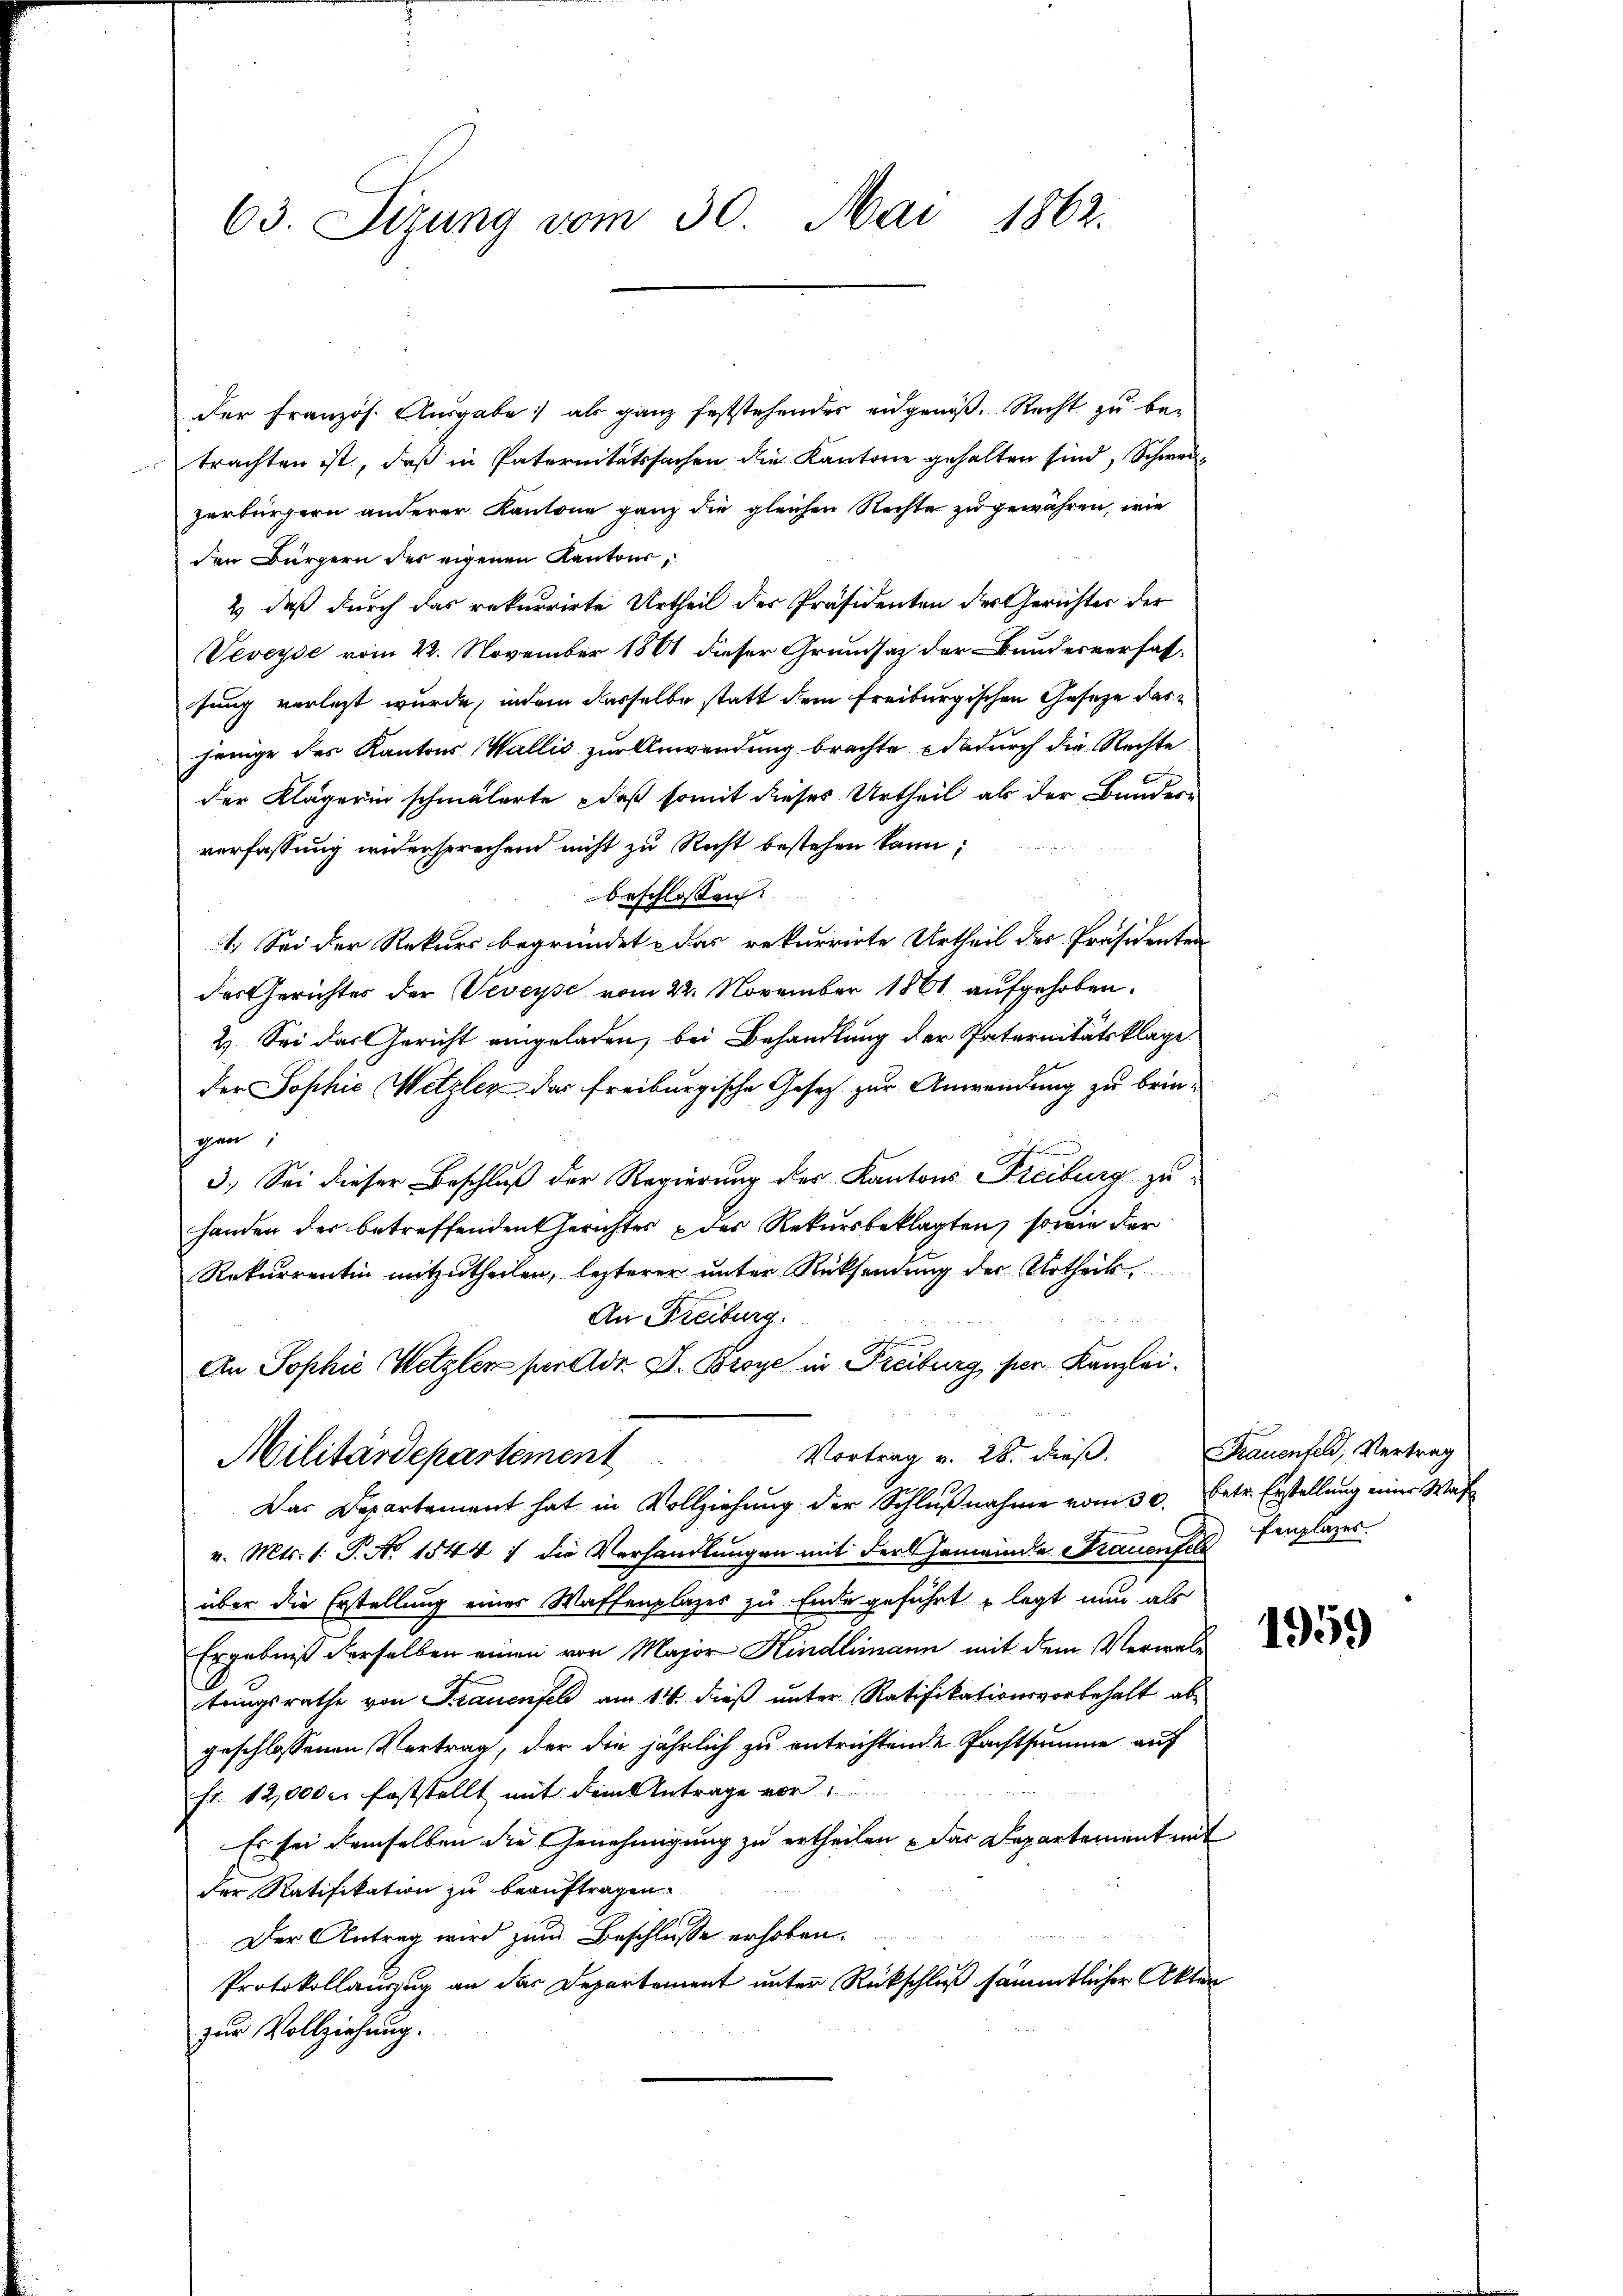
63. Sizung vom 30. Mai 1862.

der Französ. Ausgabe als ganz feststehender eidgenöß. Recht zu betrachten ist, daß in Paternitätssachen die Kantone gehalten sind, Schwerzerbürgern anderer Kantone ganz die gleichen Rechte zu gewähren, wie
den Bürgern der eigenen Kantons¬
2) daß durch das rekurrirte Urtheil der Präsidenten des Gerichter der
Veveyse vom 22. November 1861 dieser Grundsatz der Bundesverfassung verletzt wurde, indem dasselbe statt dem Freiburgischen Gesetze darjenige des Kantons Wallis zur Anwendung brachte dadurch die Rechte
der Klägerin schmälerte daß somit dieses Urtheil als der Bundere
verfassung widersprechen nicht zu Recht bestehen kann;
beschlossen:
1. Sei der Rekurs begründet das rekurrirte Urtheil des Präsidenten
des Gerichtes der Veveyse vom 22. November 1861 aufgehoben.
2.) Sei das Gericht eingeladen, bei Behandlung der Paternitätsklage.
der Sophie Wetzler das freiburgische Gesetz zur Anwendung zu bringen:
d
3.) Sei dieser Beschluß der Regierung der Kantons Freiburg zuhanden der betreffenden Gerichter der Rekursbeklagten, sowie der
Rekurrentin mitzutheilen, lezterer unter Rücksendung der Urtheil

An Freiburg.
An Sophie Wetzler per dr D. Broye in Freiburg, ser Kanzlei¬
Vortrag v. 28. dieß.
Militärdepartement
Das Departement hat in Vollziehung der Schlŭβnahme vom 30. betr. Erstellung einer Wafv. Mts. 1. P. No 1544 :/ die Verhandlungen mit der Gemeinde Frauenfeltenplazer
über die Erstellung eines Waffenplazes zu Ende geführt u legt nun als
Ergebniß derselben einen von Major Kindlimann mit dem Verwaltungsrathe von Frauenfel am 14. dieß unter Ratifikationsvorbehalt abgeschlossenen Vertrag, der die jährlich zu entrichtende Pachtsumme auf
fr. 12,000 feststellt mit dem Antrage vor
Es sei demselben die Genehmigung zu ertheilen – das Departement mit
der Ratifikation zu beauftragen.
Der Antrag wird zum Beschlusse erhoben.
Protokollauszug an der Departement unter Rückschluß sämmtlicher Akten
zur Vollziehung.

Frauenfeld, Vertrag

1959